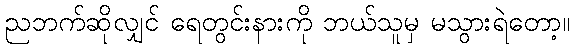
ညဘက်ဆိုလျှင် ရေတွင်းနားကို ဘယ်သူမှ မသွားရဲတော့။